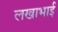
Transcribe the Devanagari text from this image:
लखाभाई